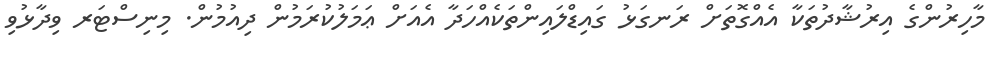
މާހިރުންގެ އިރުޝާދުތަކާ އެއްގޮތަށް ރަނގަޅު ގައިޑްލައިންތަކެއްހަދާ އެއަށް ޢަމަލުކުރަމުން ދިއުމުން. މިނިސްޓަރ ވިދާޅުވި